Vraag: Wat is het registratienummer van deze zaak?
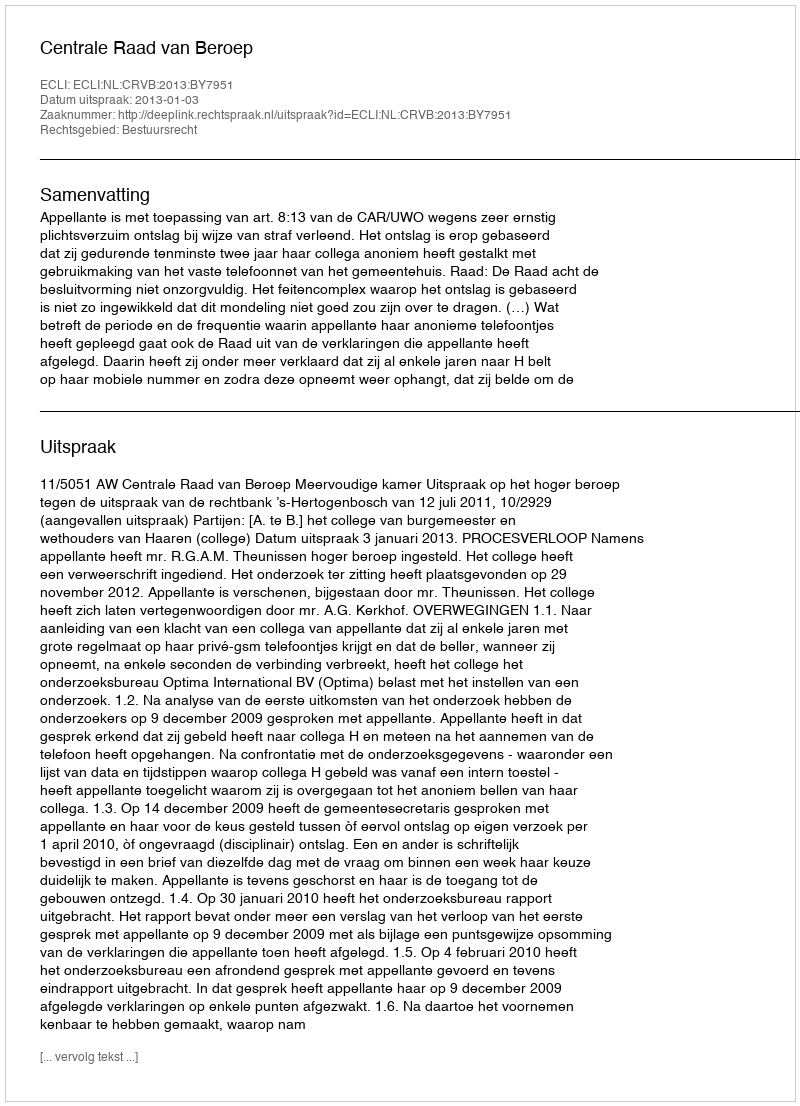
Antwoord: http://deeplink.rechtspraak.nl/uitspraak?id=ECLI:NL:CRVB:2013:BY7951